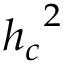
{ h _ { c } } ^ { 2 }